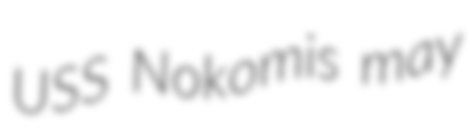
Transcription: USS Nokomis may